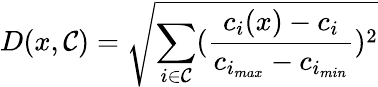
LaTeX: D(x,\mathcal{C})=\sqrt{\sum_{i\in\mathcal{C}}(\frac{c_{i}(x)-c_{i}}{c_{i_{max}}-c_{i_{min}}})^{2}}